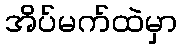
အိပ်မက်ထဲမှာ